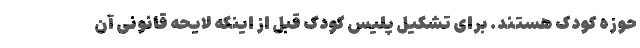
حوزه کودک هستند. برای تشکیل پلیس کودک قبل از اینکه لایحه قانونی آن